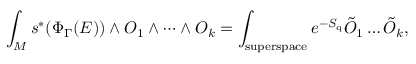
\int _ { M } s ^ { * } ( \Phi _ { \Gamma } ( E ) ) \wedge { \cal O } _ { 1 } \wedge \dots \wedge { \cal O } _ { k } = \int _ { \mathrm { s u p e r s p a c e } } e ^ { - S _ { \mathrm { q } } } \tilde { { \cal O } } _ { 1 } \dots \tilde { { \cal O } } _ { k } ,